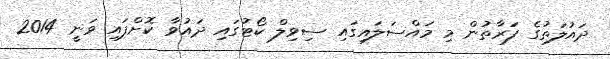
ދައުލަތުގެ ފަރާތުން މި މައްސަލައިގައި ސިވިލް ކޯޓުގައި ދައުވާ ކޮށްފައި ވަނީ 2014